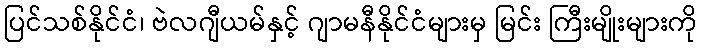
ပြင်သစ်နိုင်ငံ၊ ဗဲလဂျီယမ်နှင့် ဂျာမနီနိုင်ငံများမှ မြင်း ကြီးမျိုးများကို